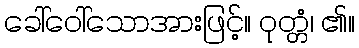
ခေါ်ဝေါ်သောအားဖြင့်။ ဝုတ္တံ၊ ၏။